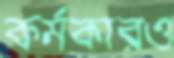
কর্মকারও